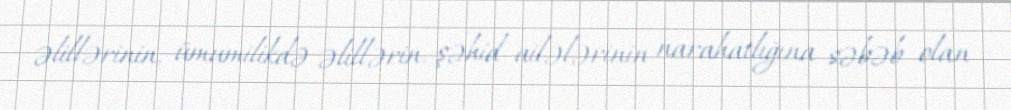
əlillərinin, ümumilikdə əlillərin, şəhid ailələrinin narahatlığına səbəb olan